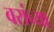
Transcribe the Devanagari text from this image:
वरांच्या